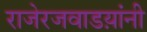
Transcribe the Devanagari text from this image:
राजेरजवाडय़ांनी